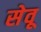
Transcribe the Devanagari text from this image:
सेवू